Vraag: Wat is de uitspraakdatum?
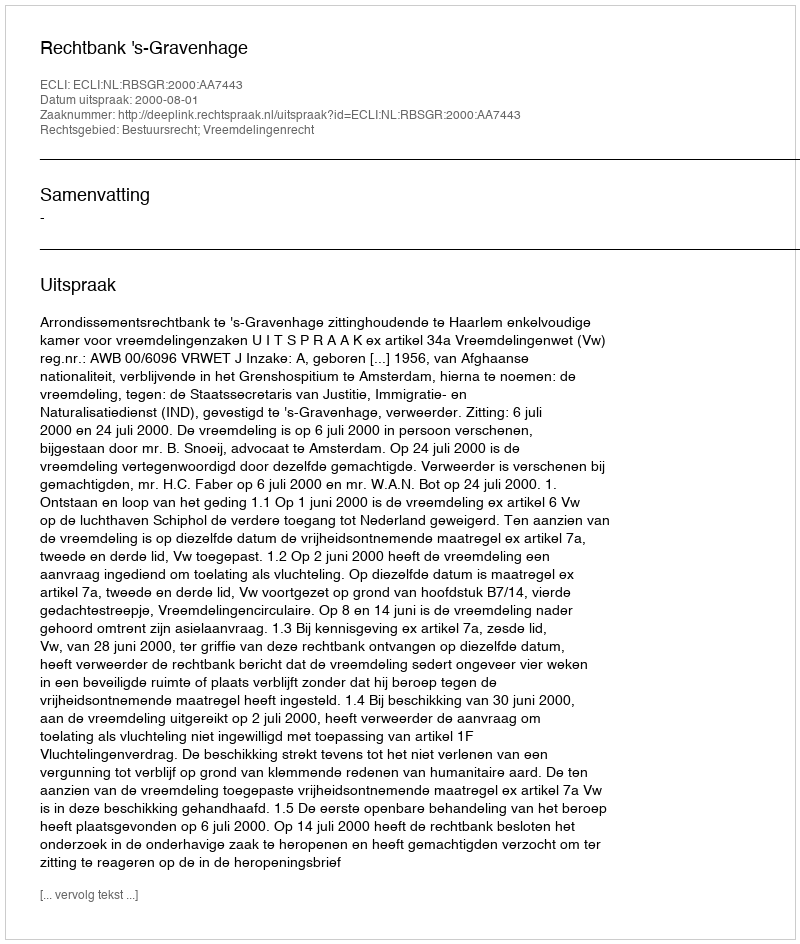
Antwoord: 2000-08-01